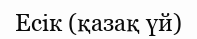
Есік (қазақ үй)